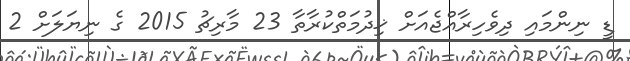
ޑީ ނިންމައި ދިވެހިރާއްޖެއަށް ޚިދުމަތްކުރާތާ 23 މާރިޗު 2015 ގެ ނިޔަލަށް 2